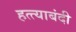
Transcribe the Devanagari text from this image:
हत्त्याबंदी